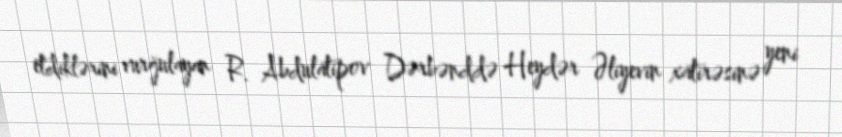
etdiklərini vurğulayan R. Abdulatipov Dərbənddə Heydər Əliyevin xatirəsinə yeni